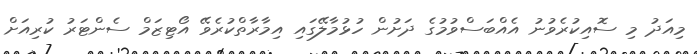
މިއަދު މި ސޮއިކުރެވުނު އެއްބަސްވުމުގެ ދަށުން ހުޅުމާލޭގައި އިމާރާތްކުރެވޭ އޯޓިޒަމް ސެންޓަރު ކުރިއަށް